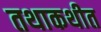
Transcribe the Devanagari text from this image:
तथाकथीत